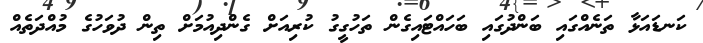
ކަނޑައަޅާ ތަނެއްގައި ބަންދުގައި ބަހައްޓައިގެން ތަހުގީގު ކުރިއަށް ގެންދިއުމަށް ތިން ދުވަހުގެ މުއްދަތެއް